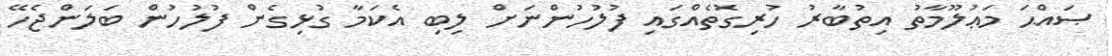
ޞައްޙަ މަޢުލޫމާތު އިތުބާރު ހުރިގޮތެއްގައި ފުލުހުންނަށް ލިބި އެކަމާ ގުޅިގެން ފުލުހުން ބަލަންޖެހޭ